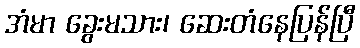
အံမာ ခွေးမသား၊ ဆေးတံနေပြန်ပြီ